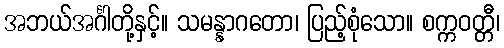
အဘယ်အင်္ဂါတို့နှင့်။ သမန္နာဂတော၊ ပြည့်စုံသော။ စက္ကဝတ္တီ၊